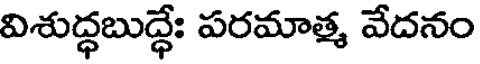
విశుద్ధబుద్ధే: పరమాత్మ వేదనం